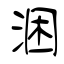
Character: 涃